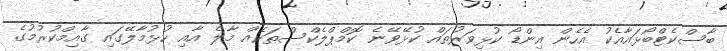
ބާސްކެޓްބޯޅައާއެކު އެހެން އިންޑޯ ކުޅިވަރުތައް ކުޅޭވޭނެ ކޮމްޕްލެކްސްތަކެއް މާލެ އާއި ހުޅުމާލޭގައި ގާއިމްކުރުމުގެ